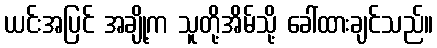
ယင်းအပြင် အချို့က သူတို့အိမ်သို့ ခေါ်ထားချင်သည်။